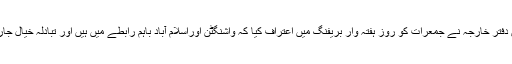
ترجمان دفتر خارجہ نے جمعرات کو روز ہفتہ وار بریفنگ میں اعتراف کیا کہ واشنگٹن اوراسلام آباد باہم رابطے میں ہیں اور تبادلہ خیال جاری ہے۔